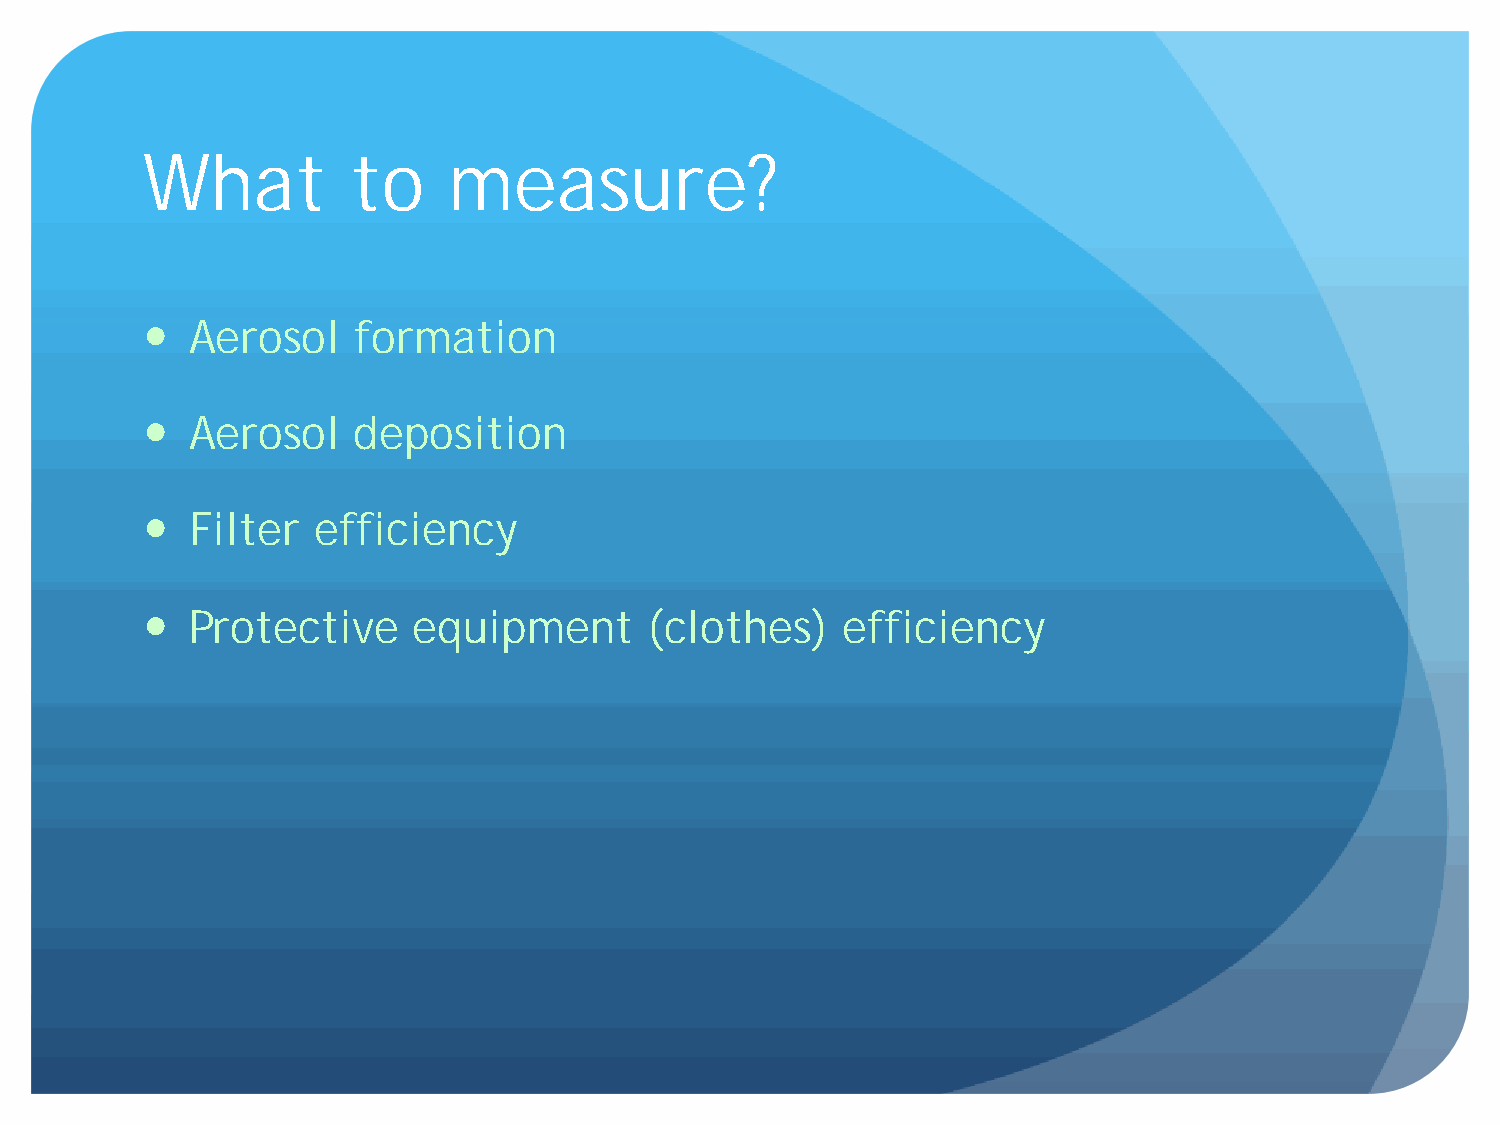
What          to     measure?
   Aerosol   formation
   Aerosol   deposition
   Filter  efficiency
   Protective    equipment       (clothes)    efficiency